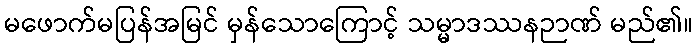
မဖောက်မပြန်အမြင် မှန်သောကြောင့် သမ္မာဒဿနဉာဏ် မည်၏။